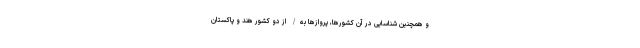
و همچنین شناسایی در آن کشورها، پروازها به/ از دو کشور هند و پاکستان